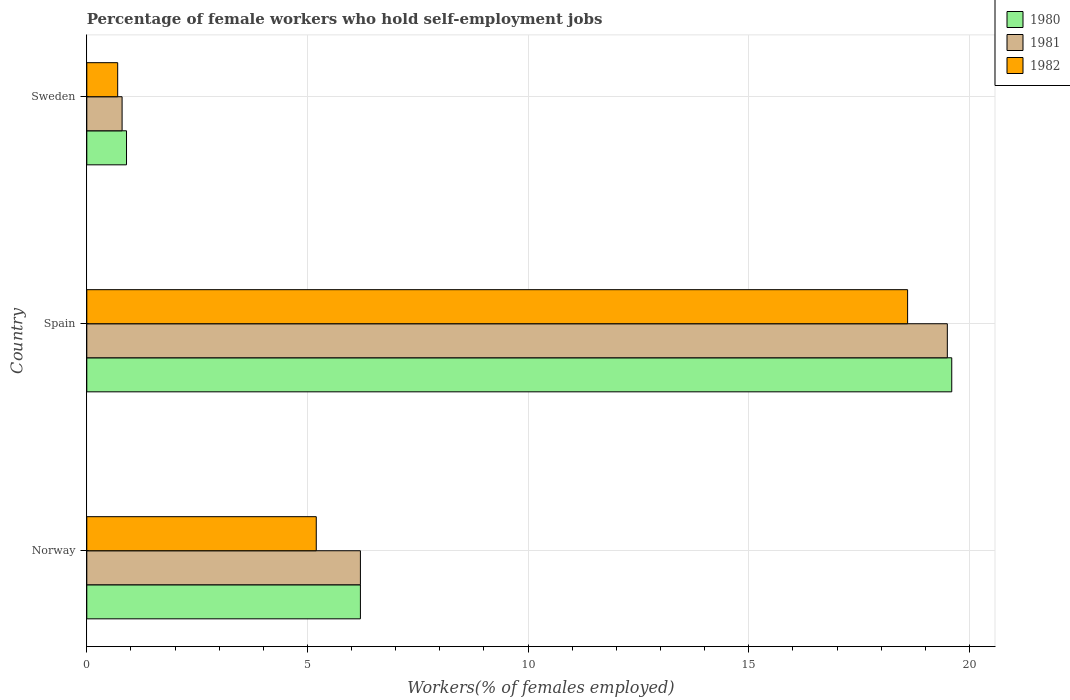
| Country | 1980 | 1981 | 1982 |
 | --- | --- | --- | --- |
 | Norway | 6.2 | 6.2 | 5.2 |
 | Spain | 19.6 | 19.5 | 18.6 |
 | Sweden | 0.9 | 0.8 | 0.7 |